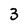
Character: 3